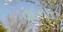
વદનાર